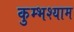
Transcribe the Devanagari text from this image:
कुम्भश्याम